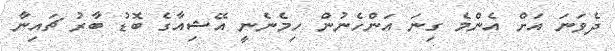
ދެވަނަ އަށް އެންމެ ގިނަ އަންހެނުން ހިމެނެނީ އޭޝިއާގެ ބޮޑު ބާރު ޗައިނާ